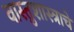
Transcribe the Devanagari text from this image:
वास्तुशास्त्राचे